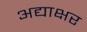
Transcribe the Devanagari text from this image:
अद्याक्षर